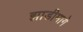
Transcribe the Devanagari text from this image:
झाडीमागे